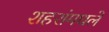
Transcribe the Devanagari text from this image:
शहरांमधले